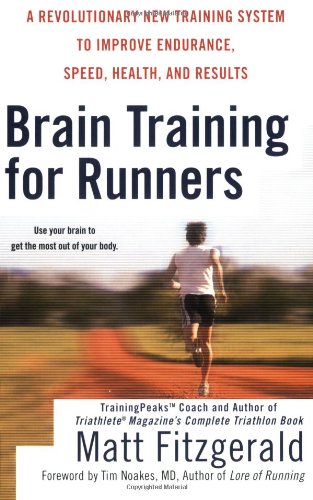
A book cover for Brain Training for Runners: A Revolutionary New Training System to Improve Endurance, Speed, Health, and Res ults; Matt Fitzgerald; Health, Fitness & Dieting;